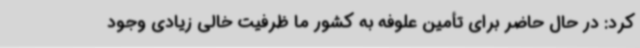
کرد:‌ در حال حاضر برای تأمین علوفه به کشور ما ظرفیت خالی زیادی وجود